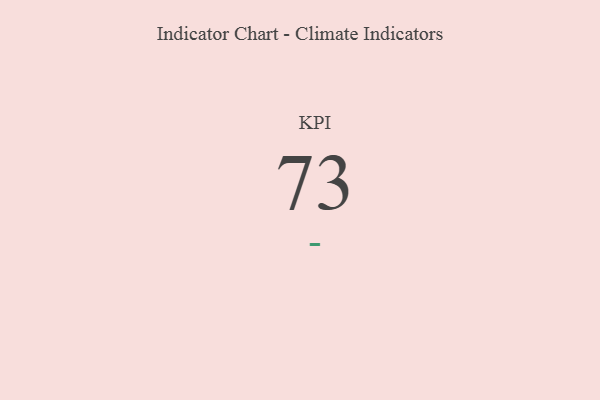
{"axis": {"x": "KPI", "y": "Value"}, "legend": [""], "data": [{"x": "KPI", "y": 73, "type": ""}]}